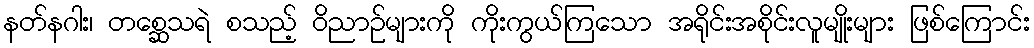
နတ်နဂါး၊ တစ္ဆေသရဲ စသည့် ဝိညာဉ်များကို ကိုးကွယ်ကြသော အရိုင်းအစိုင်းလူမျိုးများ ဖြစ်ကြောင်း